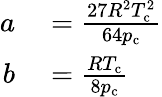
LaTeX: \begin{array}{rl}{a}&{{}={\frac{27R^{2}T_{\mathrm{c}}^{2}}{64p_{\mathrm{c}}}}}\\ {b}&{{}={\frac{RT_{\mathrm{c}}}{8p_{\mathrm{c}}}}}\end{array}